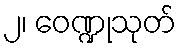
၂၊ ဝေဏ္ဍုသုတ်